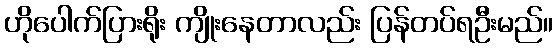
ဟိုပေါက်ပြားရိုး ကျိုးနေတာလည်း ပြန်တပ်ရဦးမည်။